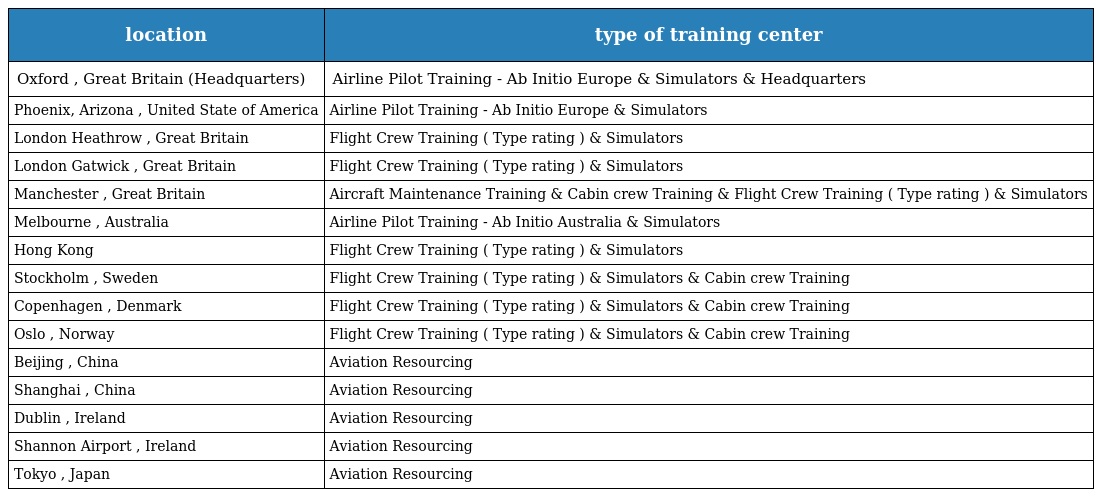
| location | type of training center |
 | --- | --- |
 | Oxford , Great Britain (Headquarters) | Airline Pilot Training - Ab Initio Europe & Simulators & Headquarters |
 | Phoenix, Arizona , United State of America | Airline Pilot Training - Ab Initio Europe & Simulators |
 | London Heathrow , Great Britain | Flight Crew Training ( Type rating ) & Simulators |
 | London Gatwick , Great Britain | Flight Crew Training ( Type rating ) & Simulators |
 | Manchester , Great Britain | Aircraft Maintenance Training & Cabin crew Training & Flight Crew Training ( Type rating ) & Simulators |
 | Melbourne , Australia | Airline Pilot Training - Ab Initio Australia & Simulators |
 | Hong Kong | Flight Crew Training ( Type rating ) & Simulators |
 | Stockholm , Sweden | Flight Crew Training ( Type rating ) & Simulators & Cabin crew Training |
 | Copenhagen , Denmark | Flight Crew Training ( Type rating ) & Simulators & Cabin crew Training |
 | Oslo , Norway | Flight Crew Training ( Type rating ) & Simulators & Cabin crew Training |
 | Beijing , China | Aviation Resourcing |
 | Shanghai , China | Aviation Resourcing |
 | Dublin , Ireland | Aviation Resourcing |
 | Shannon Airport , Ireland | Aviation Resourcing |
 | Tokyo , Japan | Aviation Resourcing |